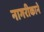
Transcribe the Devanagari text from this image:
नागरीकाने